Report on enteric fever
Disease focus: Fever
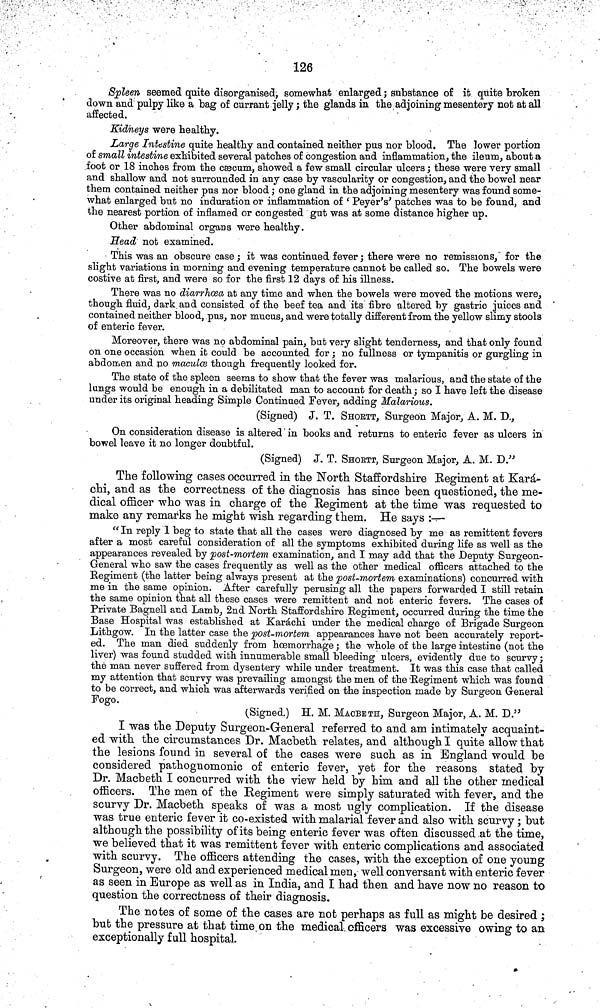
126
Spleen seemed quite disorganised, somewhat enlarged ; substance of it quite broken
down and pulpy like a bag of currant jelly ; the glands in the adjoining mesentery not at all
affected.
Kidneys were healthy.
Large Intestine quite healthy and contained neither pus nor blood. The lower portion
of small intestine exhibited several patches of congestion and inflammation, the ileum, about a
foot or 18 inches from the cæcum, showed a few small circular ulcers; these were very small
and shallow and not surrounded in any case by vascularity or congestion, and the bowel near
them contained neither pus nor blood ; one gland in the adjoining mesentery was found some-
what enlarged but no induration or inflammation of 'Peyer's patches was to be found, and
the nearest portion of inflamed or congested gut was at some distance higher up.
Other abdominal organs were healthy.
Head not examined.
This was an obscure case ; it was continued fever ; there were no remissions, for the
slight variations in morning and evening temperature cannot be called so. The bowels were
costive at first, and were so for the first 12 days of his illness.
There was no diarrhœa at any time and when the bowels were moved the motions were,
though fluid, dark and consisted of the beef tea and its fibre altered by gastric juices and
contained neither blood, pus, nor mucus, and were totally different from the yellow slimy stools
of enteric fever.
Moreover, there was no abdominal pain, but very slight tenderness, and that only found
on one occasion when it could be accounted for ; no fullness or tympanitis or gurgling in
abdomen and no maculœ though frequently looked for.
The state of the spleen seems to show that the fever was malarious, and the state of the
lungs would be enough in a debilitated man to account for death ; so I have left the disease
under its original heading Simple Continued Fever, adding Malarious.
(Signed) J. T. SHOrTT, Surgeon Major, A. M. D.,
On consideration disease is altered in books and returns to enteric fever as ulcers in
bowel leave it no longer doubtful.
(Signed) J. T. SHOrTT, Surgeon Major, A. M. D."
The following cases occurred in the North Staffordshire Regiment at Kará
chi, and as the correctness of the diagnosis has since been questioned, the me
dical officer who was in charge of the Regiment at the time was requested to
make any remarks he might wish regarding them. He says :—
" In reply 1 beg to state that all the cases were diagnosed by me as remittent fevers
after a most careful consideration of all the symptoms exhibited during life as well as the
appearances revealed by post mortem examination, and I may add that the Deputy Surgeon
General who saw the cases frequently as well as the other medical officers attached to the
Regiment (the latter being always present at the post mortem examinations) concurred with
me in the same opinion. After carefully perusing all the papers forwarded I still retain
the same opinion that all these cases were remittent and not enteric fevers. The cases of
Private Bagnell and Lamb, 2nd North Staffordshire Regiment, occurred during the time the
Base Hospital was established at Karáchi under the medical charge of Brigade Surgeon
Lithgow. In the latter case the post mortem appearances have not been accurately report-
ed. The man died suddenly from hœmorrhage; the whole of the large intestine (not the
liver) was found studded with innumerable small bleeding ulcers, evidently due to scurvy;
the man never suffered from dysentery while under treatment. It was this case that called
my attention that scurvy was prevailing amongst the men of the 'Regiment which was found
to be correct, and which was afterwards verified on the inspection made by Surgeon General
Fogo.
(Signed.) H. M. MACBETH, Surgeon Major, A. M. D."
I was the Deputy Surgeon General referred to and am intimately acquaint-
ed with the circumstances Dr. Macbeth relates, and although I quite allow that
the lesions found in several of the cases were such as in England would be
considered pathognomonic of enteric fever, yet for the reasons stated by
Dr. Macbeth I concurred with the view held by him and all the other medical
officers. The men of the Regiment were simply saturated with fever, and the
scurvy Dr. Macbeth speaks of was a most ugly complication. If the disease
was true enteric fever it co existed with malarial fever and also with scurvy ; but
although the possibility of its being enteric fever was often discussed at the time,
we believed that it was remittent fever with enteric complications and associated
with scurvy. The officers attending the cases, with the exception of one young
Surgeon, were old and experienced medical men, well conversant with enteric fever
as seen in Europe as well as in India, and I had then and have now no reason to
question the correctness of their diagnosis.
The notes of some of the cases are not perhaps as full as might be desired ;
but the pressure at that time on the medical officers was excessive owing to an
exceptionally full hospital.